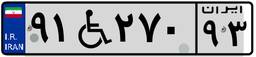
۵۰W۱۱۸۲۷